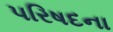
પરિષદના